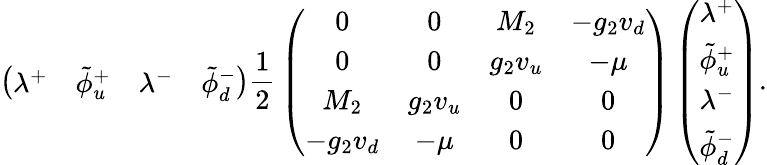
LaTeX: \left(\begin{array}{cccc}{{\lambda^{+}}}&{{{\tilde{\phi}}_{u}^{+}}}&{{\lambda^{-}}}&{{{\tilde{\phi}}_{d}^{-}}}\end{array}\right){\frac{1}{2}}\left(\begin{array}{cccc}{{0}}&{{0}}&{{M_{2}}}&{{-g_{2}v_{d}}}\\ {{0}}&{{0}}&{{g_{2}v_{u}}}&{{-\mu}}\\ {{M_{2}}}&{{g_{2}v_{u}}}&{{0}}&{{0}}\\ {{-g_{2}v_{d}}}&{{-\mu}}&{{0}}&{{0}}\end{array}\right)\left(\begin{array}{c}{{\lambda^{+}}}\\ {{{\tilde{\phi}}_{u}^{+}}}\\ {{\lambda^{-}}}\\ {{{\tilde{\phi}}_{d}^{-}}}\end{array}\right).